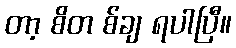
တာ့ စိတ စ်ချ ရပါပြီ။